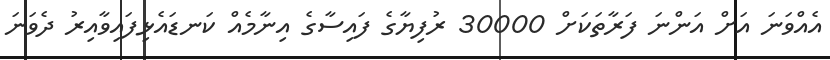
އެއްވަނަ އަށް އަންނަ ފަރާތަކަށް 30000 ރުފިޔާގެ ފައިސާގެ އިނާމެއް ކަނޑައެޅިފައިވާއިރު ދެވަނަ